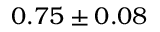
0 . 7 5 \pm 0 . 0 8